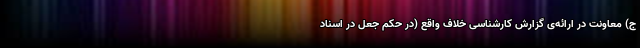
ج) معاونت در ارائه‌ی گزارش کارشناسی خلاف واقع (در حکم جعل در اسناد